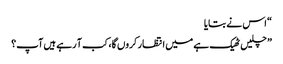
“ اس نے بتایا
” چلیں ٹھیک ہے میں انتظار کروں گا، کب آ رہے ہیں آپ؟